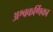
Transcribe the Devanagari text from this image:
अश्वकर्णिका